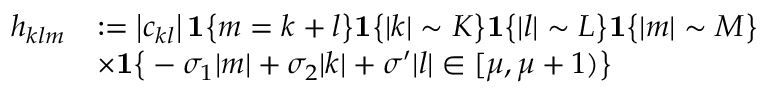
\begin{array} { r l } { h _ { k l m } } & { : = \big | c _ { k l } \big | \, \mathbf { 1 } \big \{ m = k + l \big \} \mathbf { 1 } \big \{ | k | \sim K \big \} \mathbf { 1 } \big \{ | l | \sim L \big \} \mathbf { 1 } \big \{ | m | \sim M \big \} } \\ & { \times \mathbf { 1 } \big \{ - \sigma _ { 1 } | m | + \sigma _ { 2 } | k | + \sigma ^ { \prime } | l | \in [ \mu , \mu + 1 ) \big \} } \end{array}